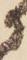
に